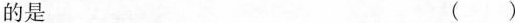
的是 ( )